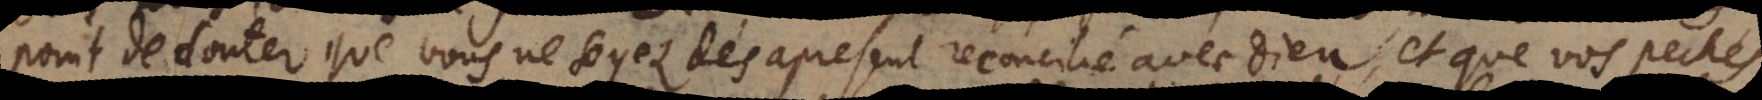
point douter que vous ne soyez dés apresent reconcilié avec Dieu, et que vos pechés